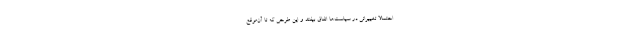
احتمالا تغییراتی در سیاست‌ها اتفاق بیفتد و این طرحی که تا آن‌موقع